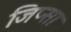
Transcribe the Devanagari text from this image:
जिप्सा